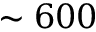
\sim 6 0 0